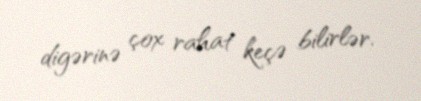
digərinə çox rahat keçə bilirlər.